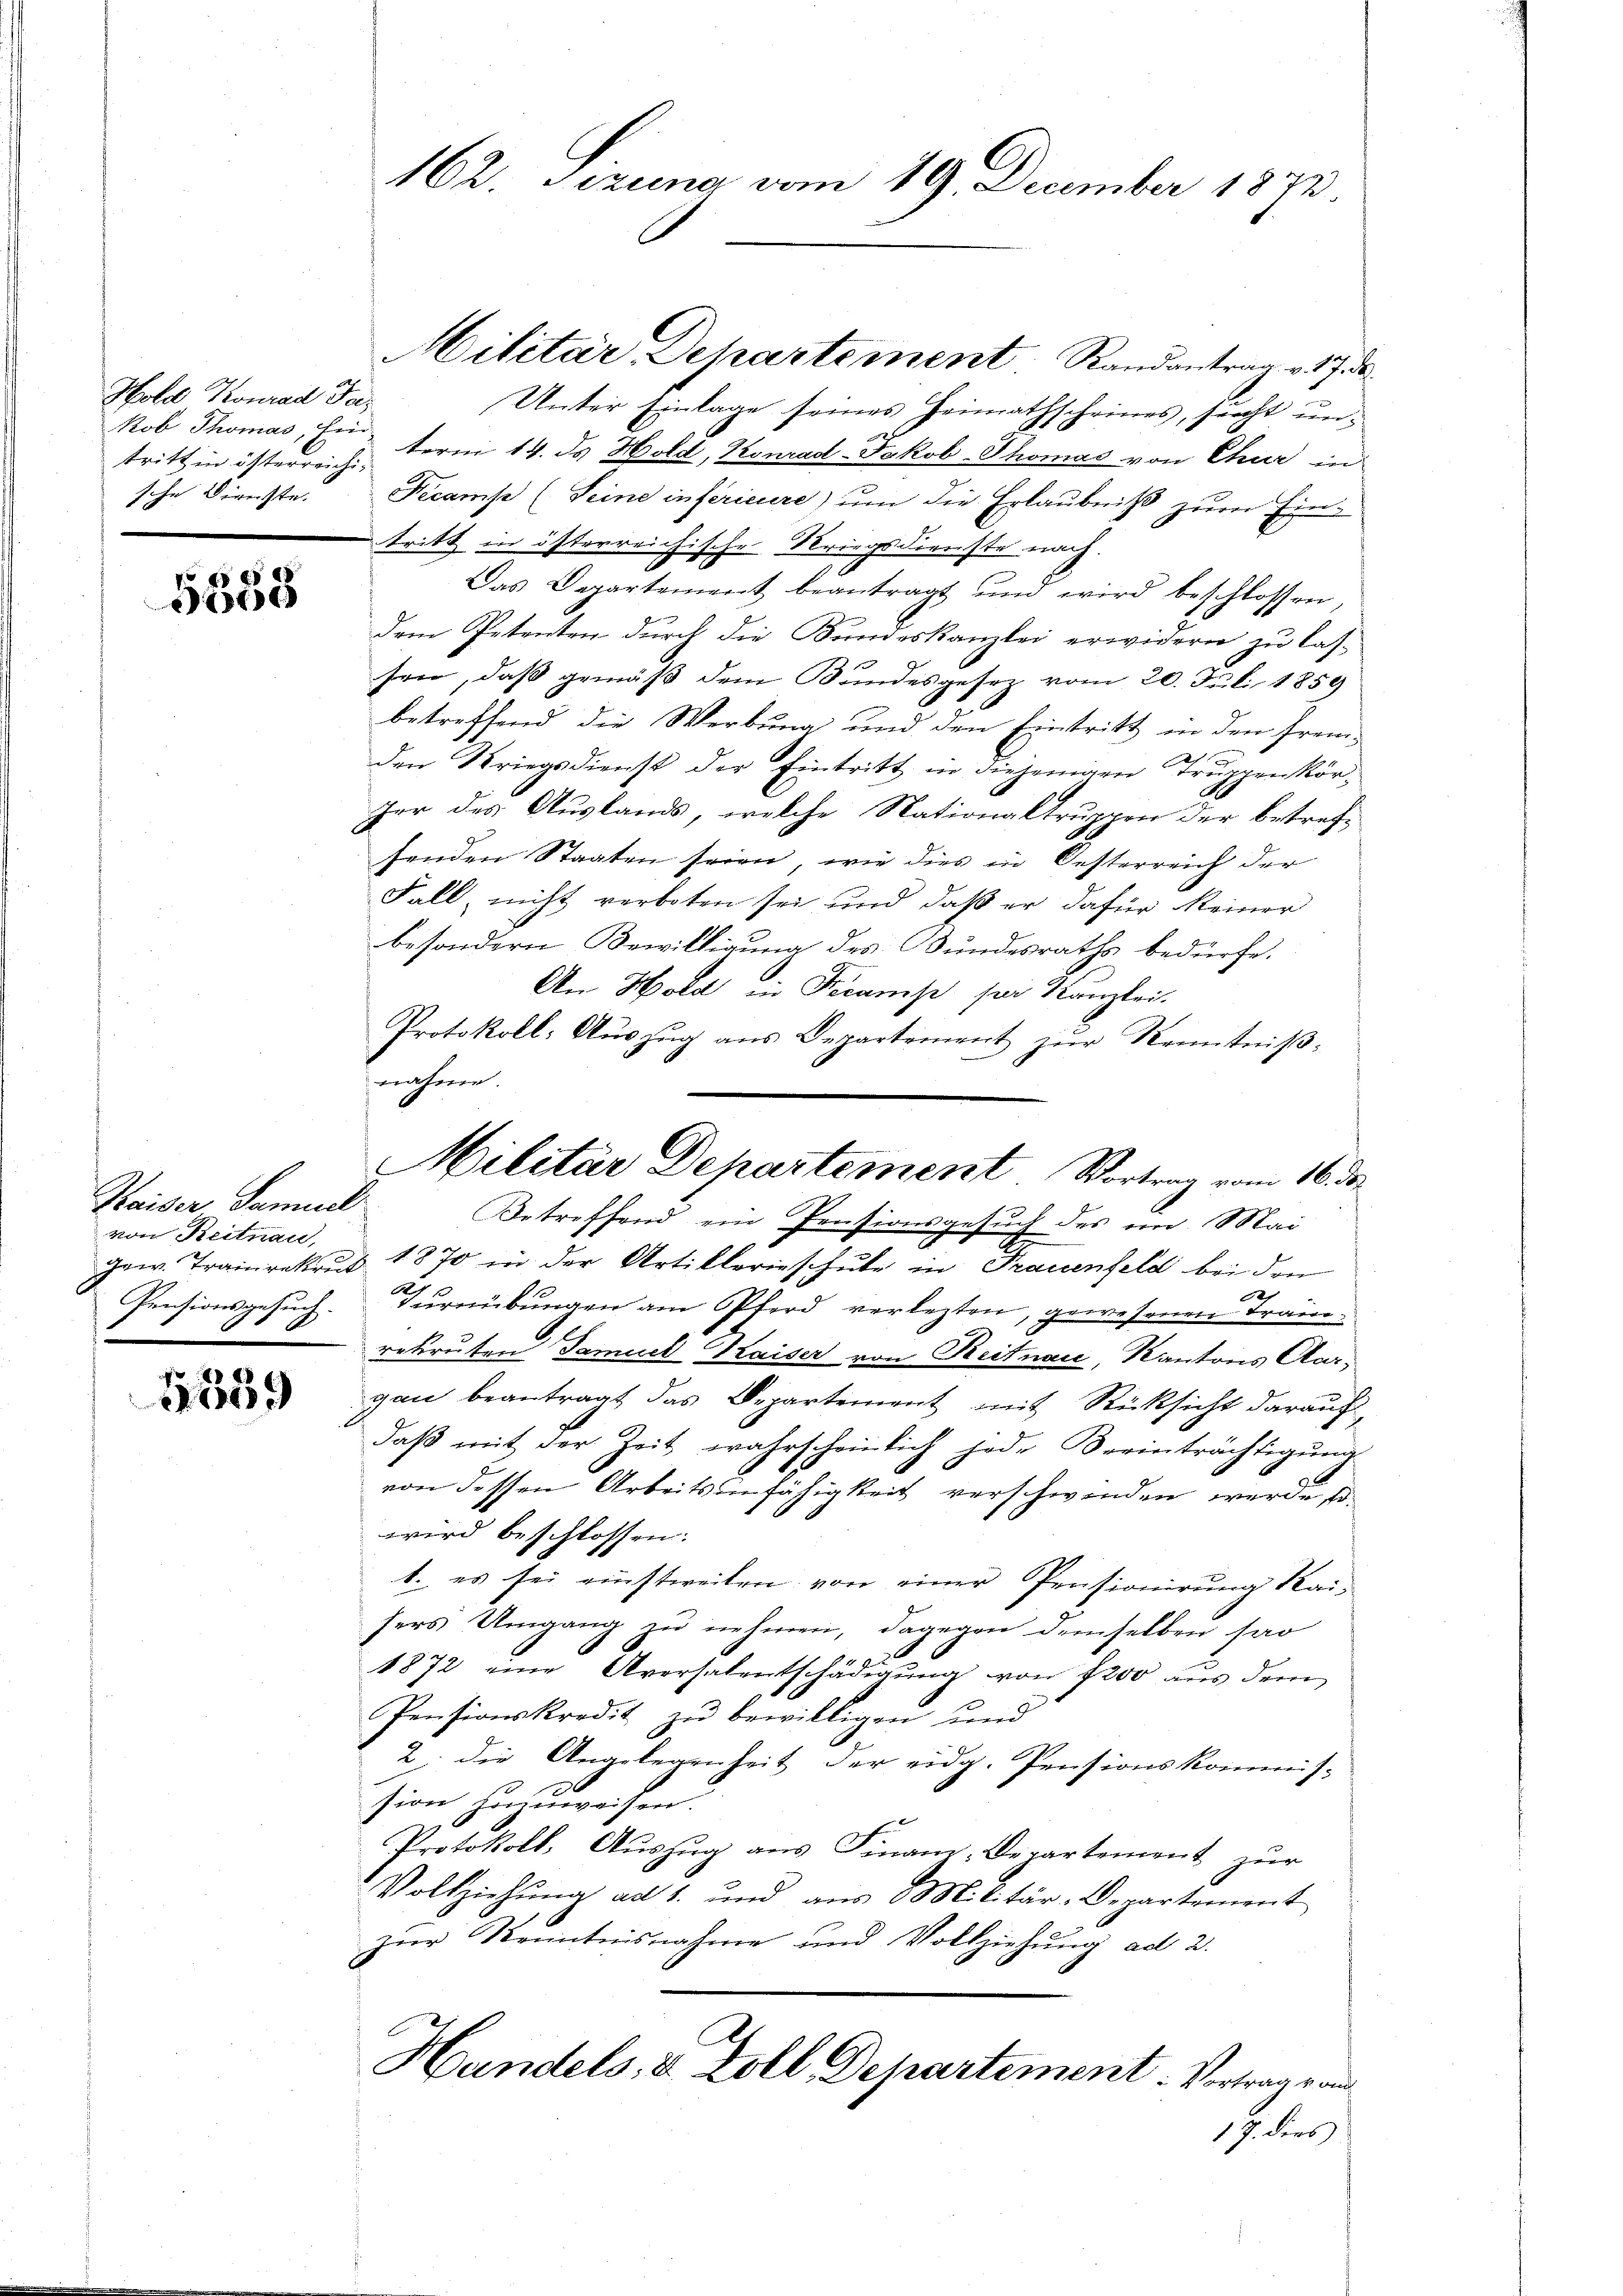
Hold Konrad Fakob Thomas, fin
sche Dienste.

)

Kaiser Samuel
von Reitnau,

x

162. Sezung vom 19. December 1872.

Unter Einlage seines Heimathscheines, sucht untritt in österreich fern 14. ds Hold, Konrad-Jakob Thomas von Chur in
Fecamse (Seine inférieure) um die Erlaubniß zum Eintritt in österreichische Kriegsdienste nach.
Das Departement beantragt und wird beschlossen,
dem Petenten durch die Bundeskanzlei erwidern zu las-
sen, daß gemäß dem Bundesgesez vom 20. Juli 1859
betreffend die Werbung und den Eintritt in den frem-
den Kriegsdienst der Eintritt in diejenigen Truppenkörd
zer des Auslands, welche Nationaltruppen der betrefsenden Staaten seien, wie dies in Oesterreich der
Fall, nicht verboten sei und daß er dafür keiner
besondern Bewilligung des Bundesraths bedürfe.
An Hold in Decanis ser Kanzlei.
Protokoll: Aŭszŭg ans Departement zŭr Kenntniβ-
nahmen.
ilitär Departement, Vortrag vom 16. ds.

Militär-Departement. Randantrag v. 17.

Betreffend ein Pensionsgesuch des im Mai

gew. Trainrekrust 1870 in der Artiklerieschule in Frauenfeld bei den
x
Pensionsgesuch. Turnübungen am Pferd verlezten, gewesenen Fraue¬
.
rekruten Samuel Kaiser von Reitnau, Kantons Aari
gau beantragt das Departement mit Rücksicht darauf,
daß mit der Zeit wahrscheinlich jede Beeinträchtigung
von dessen Arbeitsunfähigkeit verschwinden werde, so
wird beschlossen:
1. es sei einstweilen von einer Pensionirung Kai-
hers Umgang zŭ nehmen, dagegen demselben sar
2
1872 eine Aversalentschädigung von 1200 aus dem
Pensionskredit zu bewilligen und
2. die Angelegenheit der eidg. Pensionskommis-
sion zuzuweisen.
Protokoll, Auszug aus Finanz-Departement zur
Vollziehŭng ad 1. und aus Militär-Departement
zur Kenntnisnahme und Vollziehung ad 2.
Handels, u. Zoll Departement. Vortrag rand
17. dies